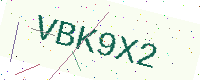
Text: VBK9X2